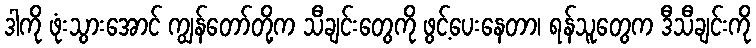
ဒါကို ဖုံးသွားအောင် ကျွန်တော်တို့က သီချင်းတွေကို ဖွင့်ပေးနေတာ၊ ရန်သူတွေက ဒီသီချင်းကို